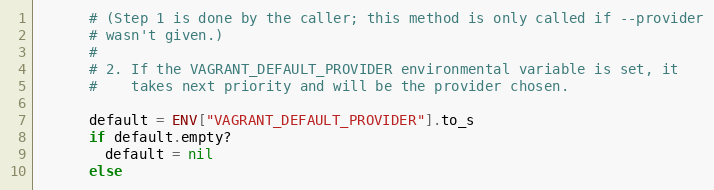
Language: Ruby
      # (Step 1 is done by the caller; this method is only called if --provider
      # wasn't given.)
      #
      # 2. If the VAGRANT_DEFAULT_PROVIDER environmental variable is set, it
      #    takes next priority and will be the provider chosen.

      default = ENV["VAGRANT_DEFAULT_PROVIDER"].to_s
      if default.empty?
        default = nil
      else